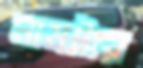
নামটায়